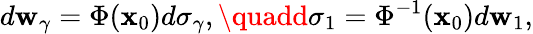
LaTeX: d\mathbf{w}_{\gamma}=\Phi({\mathbf{x}}_{0})d\sigma_{\gamma},\quadd\sigma_{1}=\Phi^{-1}({\mathbf{x}}_{0})d\mathbf{w}_{1},